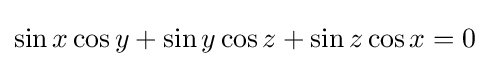
\sin x\cos y+\sin y\cos z+\sin z\cos x=0